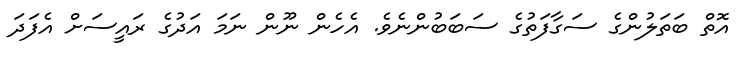
އޮތް ބަތަލުންގެ ސަގާފަތުގެ ސަބަބުންނެވެ. އެހެން ނޫން ނަމަ އަދުގެ ރައީސަށް އެފަދަ